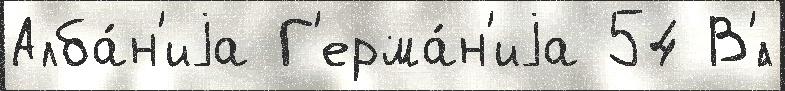
Алба́н'иjа Г'ерма́н'иjа 54 В'́л